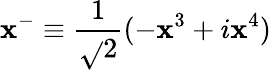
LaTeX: \mathbf{x}^{-}\equiv\frac{{1}}{{\sqrt{}{{2}}}}(-\mathbf{x}^{3}+i\mathbf{x}^{4})